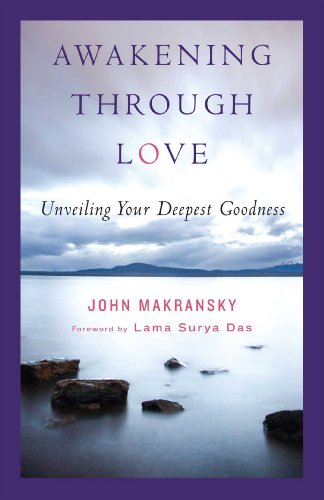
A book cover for Awakening Through Love: Unveiling Your Deepest Goodness; John Makransky; Religion & Spirituality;